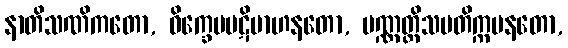
နာတိသဏိကတော, ဝိက္ခေပပဋိဗာဟနတော, ပဏ္ဏတ္တိသမတိက္ကမနတော,